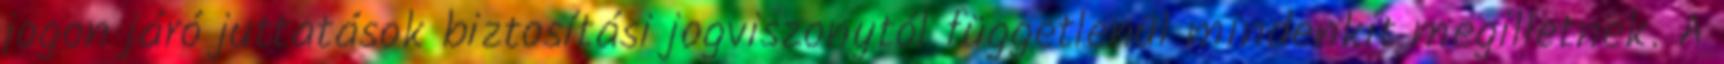
jogon járó juttatások biztosítási jogviszonytól függetlenül mindenkit megilletnek. A